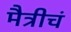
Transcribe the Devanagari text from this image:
मैत्रीचं